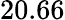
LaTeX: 20.66